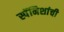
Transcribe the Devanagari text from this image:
स्पॅनिशांची